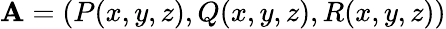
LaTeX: \mathbf{A}=(P(x,y,z),Q(x,y,z),R(x,y,z))